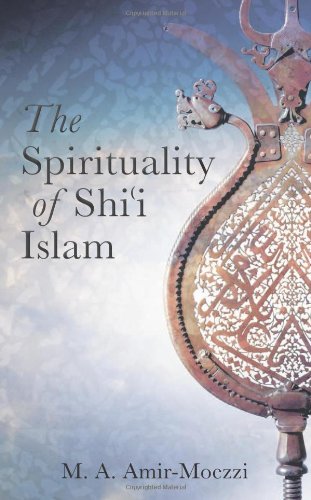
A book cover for The Spirituality of Shi'i Islam: Belief and Practices (Ismaili Texts and Translations); Mohammad Ali Amir-Moezzi; Religion & Spirituality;